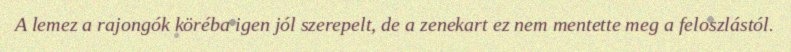
A lemez a rajongók köréba igen jól szerepelt, de a zenekart ez nem mentette meg a feloszlástól.